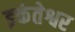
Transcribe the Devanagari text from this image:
इकंतेश्वर